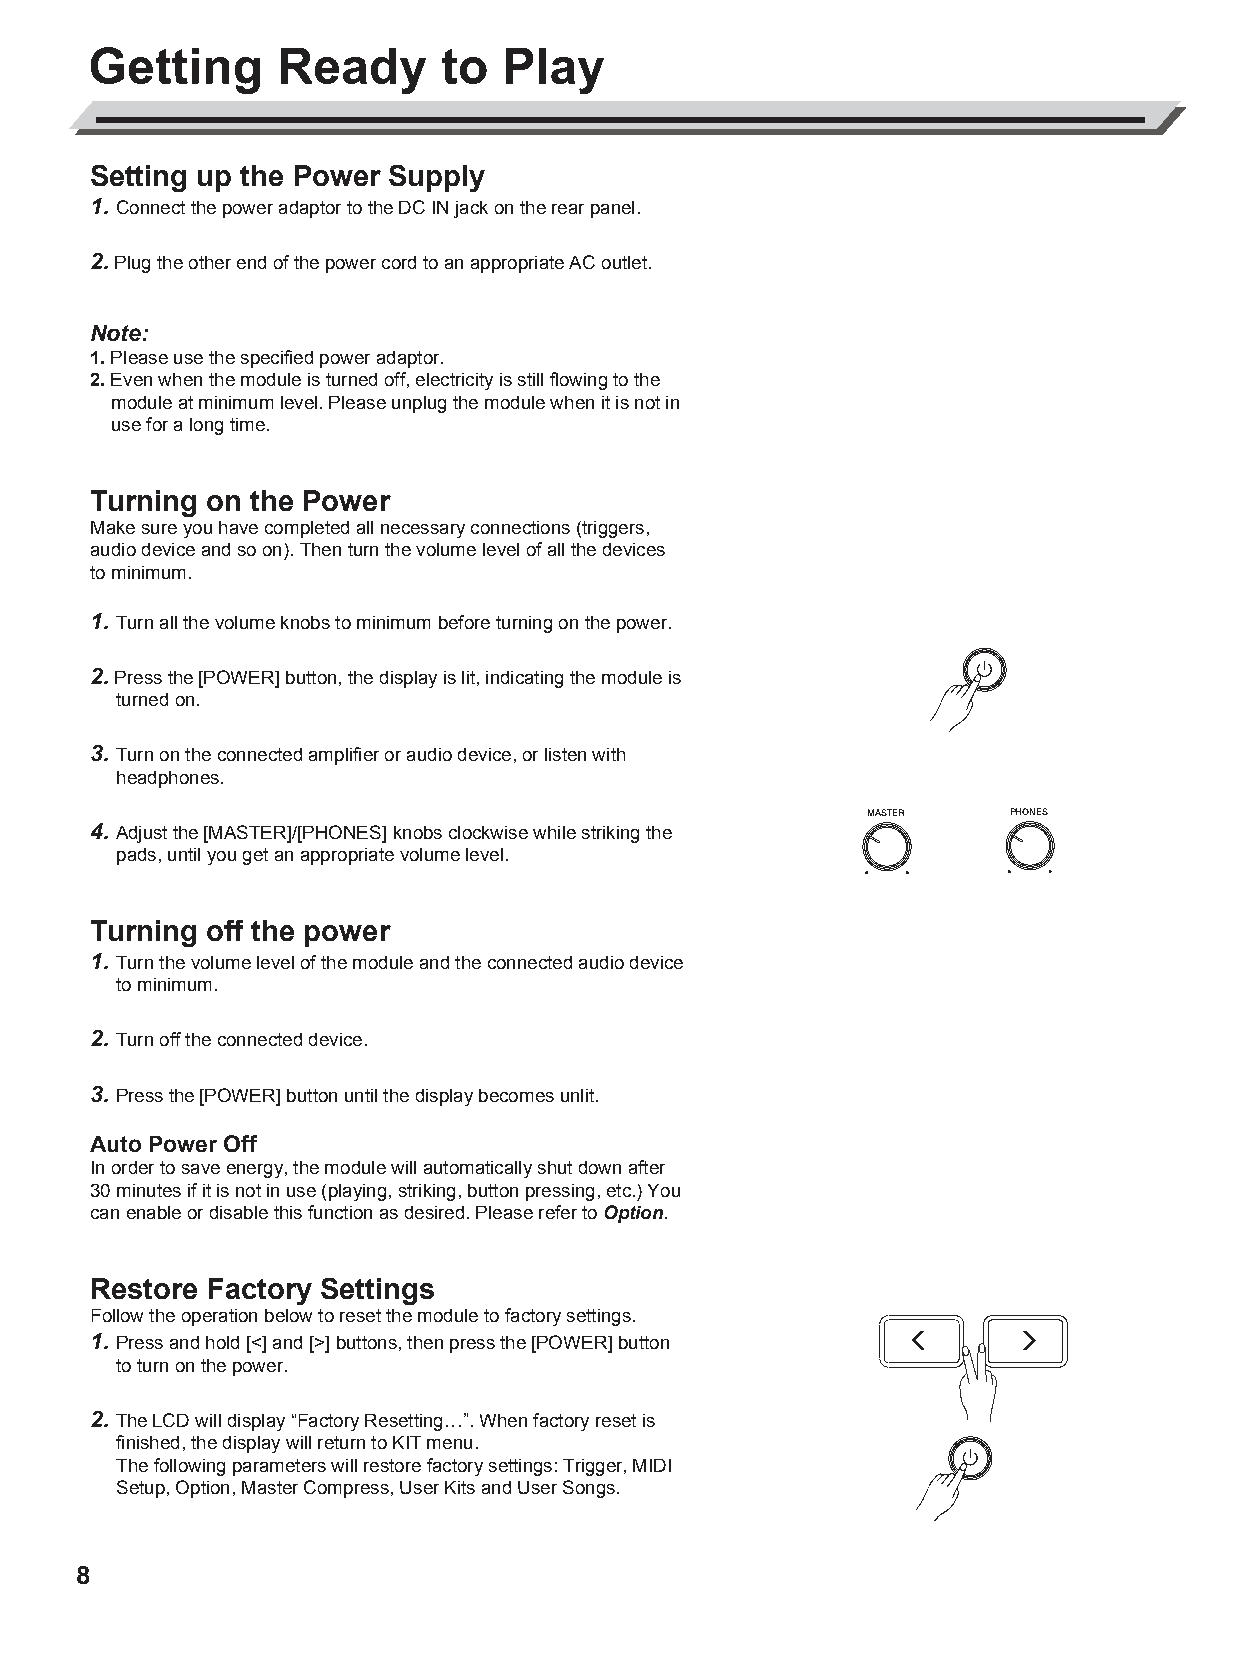
AW_DD638DX_manual_G02_180621.pdf 8 18-6-21 13:16
 Getting      Ready      to  Play
 Setting up the Power Supply
 1. Connect the power adaptor to the DC IN jack on the rear panel.
 2. Plug the other end of the power cord to an appropriate AC outlet.
 Note:
 1. Please use the specified power adaptor.
 2. Even when the module is turned off, electricity is still flowing to the
 module at minimum level. Please unplug the module when it is not in
 use for a long time.
 Turning on the Power
 Make sure you have completed all necessary connections (triggers,
 audio device and so on). Then turn the volume level of all the devices
 to minimum.
 1. Turn all the volume knobs to minimum before turning on the power.
 2. Press the [POWER] button, the display is lit, indicating the module is
 turned on.
 C
 M       3. Turn on the connected amplifier or audio device, or listen with
 headphones.
 Y
 CM                                                          MASTER   PHONES
 4. Adjust the [MASTER]/[PHONES] knobs clockwise while striking the
 MY
 pads, until you get an appropriate volume level.
 CY
 CMY
 Turning off the power
 K
 1. Turn the volume level of the module and the connected audio device
 to minimum.
 2. Turn off the connected device.
 3. Press the [POWER] button until the display becomes unlit.
 Auto Power Off
 In order to save energy, the module will automatically shut down after
 30 minutes if it is not in use (playing, striking, button pressing, etc.) You
 can enable or disable this function as desired. Please refer to Option.
 Restore Factory Settings
 Follow the operation below to reset the module to factory settings.
 1. Press and hold [<] and [>] buttons, then press the [POWER] button
 to turn on the power.
 2. The LCD will display “Factory Resetting…”. When factory reset is
 finished, the display will return to KIT menu.
 The following parameters will restore factory settings: Trigger, MIDI
 Setup, Option, Master Compress, User Kits and User Songs.
 8